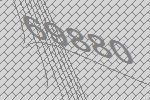
69880